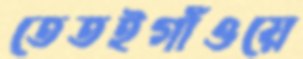
তেতইগাঁওয়ে